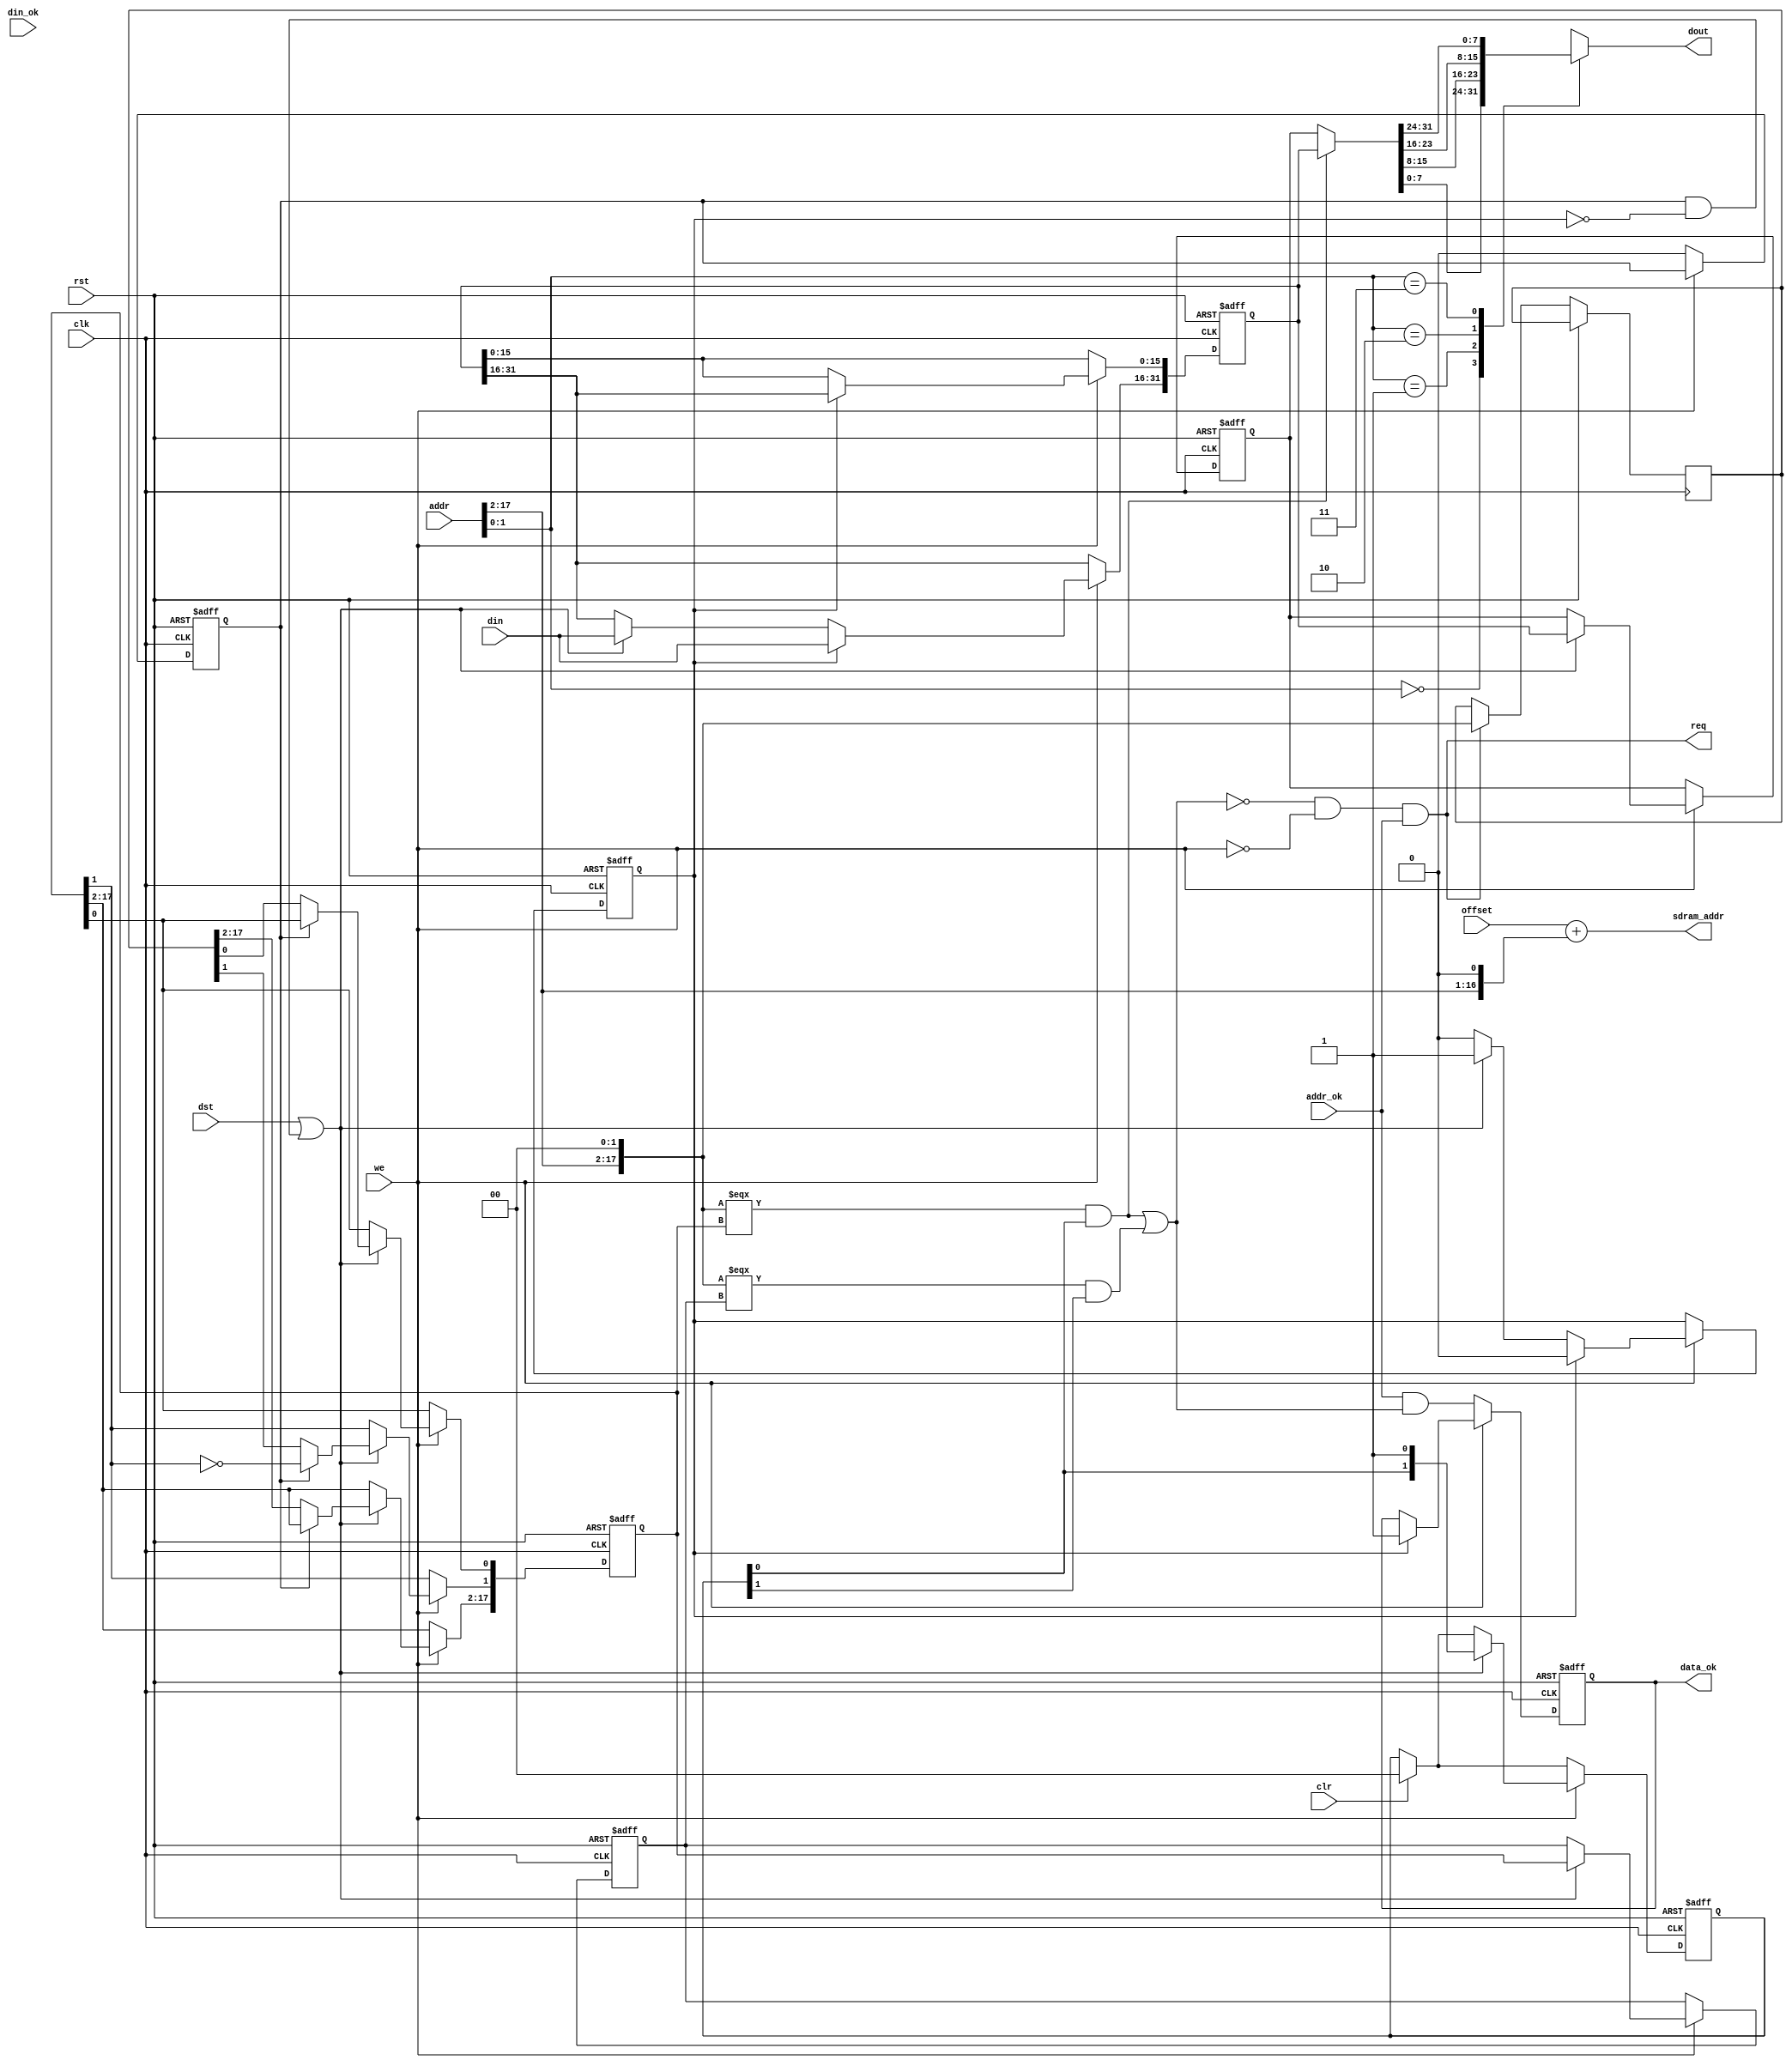
/*  This file is part of JTFRAME.
    JTFRAME program is free software: you can redistribute it and/or modify
    it under the terms of the GNU General Public License as published by
    the Free Software Foundation, either version 3 of the License, or
    (at your option) any later version.

    JTFRAME program is distributed in the hope that it will be useful,
    but WITHOUT ANY WARRANTY; without even the implied warranty of
    MERCHANTABILITY or FITNESS FOR A PARTICULAR PURPOSE.  See the
    GNU General Public License for more details.

    You should have received a copy of the GNU General Public License
    along with JTFRAME.  If not, see <http://www.gnu.org/licenses/>.

    Author: Jose Tejada Gomez. Twitter: @topapate
    Version: 1.0
    Date: 28-2-2019 */

// The best use case is with addr_ok going down and up for each addr change
// but it works too with addr_ok permanently high as long as addr input is
// not changed until the data_ok signal is produced. If the requester cannot
// guarantee that, it should toggle addr_ok for each request

// LATCH LATENCY Timing Requirements
//    0     1    medium
//    1     2    easy

module jtframe_romrq #(parameter
    SDRAMW  = 22,  // SDRAM width
    AW      = 18,
    DW      =  8,
    OKLATCH =  1,  // Set to 1 to latch the data_ok signal. This implies that
                   // data_ok will be high for one clock cycle after the input address
                   // has changed. The requesting module needs to take care of that
                   // If OKLATCH is zero, data_ok is combinational and it will go to
                   // zero as soon as the input address changes. This simplifies the
                   // requesting logic but it is more demanding for timing constraints
    DOUBLE  =  0,

    LATCH   =  0  // dout is latched
)(
    input               rst,
    input               clk,

    input               clr, // clears the cache
    input [SDRAMW-1:0]  offset,

    // <-> SDRAM
    input [15:0]        din,
    input               din_ok,
    input               dst,
    input               we,
    output reg          req,
    output [SDRAMW-1:0] sdram_addr,

    // <-> Consumer
    input [AW-1:0]      addr,
    input               addr_ok,    // signals that value in addr is valid
    output              data_ok,    // strobe that signals that data is ready
    output reg [DW-1:0] dout
);

reg [AW-1:0] addr_req;

reg [AW-1:0] cached_addr0, cached_addr1, addr_l;
reg [31:0]   cached_data0, cached_data1;
reg [1:0]    good;
reg          hit0, hit1;
reg          dend, double, cache_ok;
wire [AW-1:0] shifted;

assign sdram_addr = offset + { {SDRAMW-AW{1'b0}}, addr_req>>(DW==8)};
assign data_ok    = OKLATCH ? cache_ok : addr_ok && ( hit0 || hit1 );

always @(*) begin
    case(DW)
        8:  addr_req = {addr[AW-1:2],2'b0};
        16: addr_req = {addr[AW-1:1],1'b0};
        32: addr_req = addr;
    endcase
    // It is important to leave === for simulations, instead of ==
    // It shouldn't have any implication for synthesis
    hit0 = addr_req === cached_addr0 && good[0];
    hit1 = addr_req === cached_addr1 && good[1];
    req = (!(hit0 || hit1) && !we) && addr_ok;
end

// reg [1:0] ok_sr;

always @(posedge clk, posedge rst) begin
    if( rst ) begin
        good         <= 'd0;
        cached_data0 <= 'd0;
        cached_data1 <= 'd0;
        cached_addr0 <= 'd0;
        cached_addr1 <= 'd0;
        cache_ok     <= 0;
        dend         <= 0;
        double       <= 0;
    end else begin
        if( clr ) good <= 0;
        if( req ) addr_l <= addr_req;
        if( we ) begin
            if( dst | (double&~dend) ) begin
                cached_data1 <= cached_data0;
                cached_addr1 <= cached_addr0;
                cached_data0[31:16] <= din;
                if( double )
                    cached_addr0[1] <= ~cached_addr0[1];
                else
                    cached_addr0 <= addr_l;
                good <= { good[0], 1'b1 };
                dend <= 1;
            end
            if( dend ) begin
                cached_data0[31:16] <= din;
                cached_data0[15: 0] <= cached_data0[31:16];
                if( !LATCH[0] && !DOUBLE[0] ) cache_ok<= 1;
                if( DOUBLE ) double <= ~double;
                dend <= 0;
            end
        end
        else begin
            cache_ok <= addr_ok && ( hit0 || hit1 );
            double   <= 0;
        end
    end
end

// data_mux selects one of two cache registers
// but if we are getting fresh data, it selects directly the new data
// this saves one clock cycle at the expense of more LUTs
wire [31:0] data_mux = hit0 ? cached_data0 : cached_data1;
reg  [DW-1:0] preout;

generate
    if(DW==8) begin
        always @(*)
        case( addr[1:0] )
            2'd0: preout = data_mux[ 7: 0];
            2'd1: preout = data_mux[15: 8];
            2'd2: preout = data_mux[23:16];
            2'd3: preout = data_mux[31:24];
        endcase
    end else if(DW==16) begin
        always @(*)
        case( addr[0] )
                1'd0: preout = data_mux[15:0];
                1'd1: preout = data_mux[31:16];
        endcase
    end else always @(*) preout = data_mux;
endgenerate

generate
    if( LATCH==0 ) begin : data_latch
        always @(*) dout = preout;
    end else begin : no_data_latch
        always @(posedge clk) dout <= preout;
    end
endgenerate

`ifdef JTFRAME_SDRAM_STATS
jtframe_romrq_stats u_stats(
    .clk    ( clk       ),
    .rst    ( rst       ),
    .req    ( req       ),
    .we     ( we        ),
    .din_ok ( din_ok    ),
    .data_ok( data_ok   )
);
`endif

`ifdef SIMULATION
`ifndef VERILATOR
`ifndef JTFRAME_SIM_ROMRQ_NOCHECK
reg [AW-1:0] last_addr;
reg          waiting, last_req;

always @(posedge clk, posedge rst) begin
    if( rst ) begin
        waiting <= 0;
        last_req <= 0;
    end else begin
        last_req <= req;
        if( req && !last_req ) begin
            if( waiting ) begin
                $display("ERROR: %m new request without finishing the previous");
                $finish;
            end
            last_addr <= addr;
            waiting <= 1;
        end
        if( din_ok && we ) waiting <= 0;
        if( waiting && !addr_ok ) begin
            $display("ERROR: %m data request interrupted");
            $finish;
        end
        if( addr != last_addr && addr_ok) begin
            if( waiting ) begin
                $display("ERROR: %m address changed at time %t",$time);
                #40 $finish;
            end else waiting <= !hit0 && !hit1;
        end
    end
end
`endif
`endif
`endif

endmodule // jtframe_romrq

`ifdef JTFRAME_SDRAM_STATS
////////////////////////////////////////////////////////////////
module jtframe_romrq_stats(
    input clk,
    input rst,
    input req,
    input we,
    input din_ok,
    input data_ok
);

// latency data
integer cur, longest, shortest, total, acc_cnt;
reg cnt_en, last_req, first;

always @(posedge clk, posedge rst) begin
    if( rst ) begin
        cur      <= 0;
        longest  <= 0;
        shortest <= 10000;
        cnt_en   <= 0;
        last_req <= 0;
        acc_cnt  <= 0;
        total    <= 0;
        first    <= 1;
    end else begin
        last_req <= req;
        if(req && !last_req) begin
            cur <= 1;
            cnt_en <= 1;
            acc_cnt <= acc_cnt+1;
        end
        if( cnt_en ) begin
            cur <= cur+1;
            if( (we && din_ok) || data_ok ) begin
                if( !first ) begin
                    if(cur>longest) longest <= cur;
                    if(cur<shortest) shortest <= cur;
                    total <= total + cur;
                end
                first  <= 0;
                cnt_en <= 0;
            end
        end
    end
end

initial begin
    forever begin
        /* verilator lint_off STMTDLY */
        #16_666_667;
        /* verilator lint_on STMTDLY */
        if( !first )
            $display("Latency %m %2d - %2d - %2d",
                shortest, total/acc_cnt, longest );
    end
end

endmodule
`endif